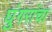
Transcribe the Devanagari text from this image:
घुंगरांचा